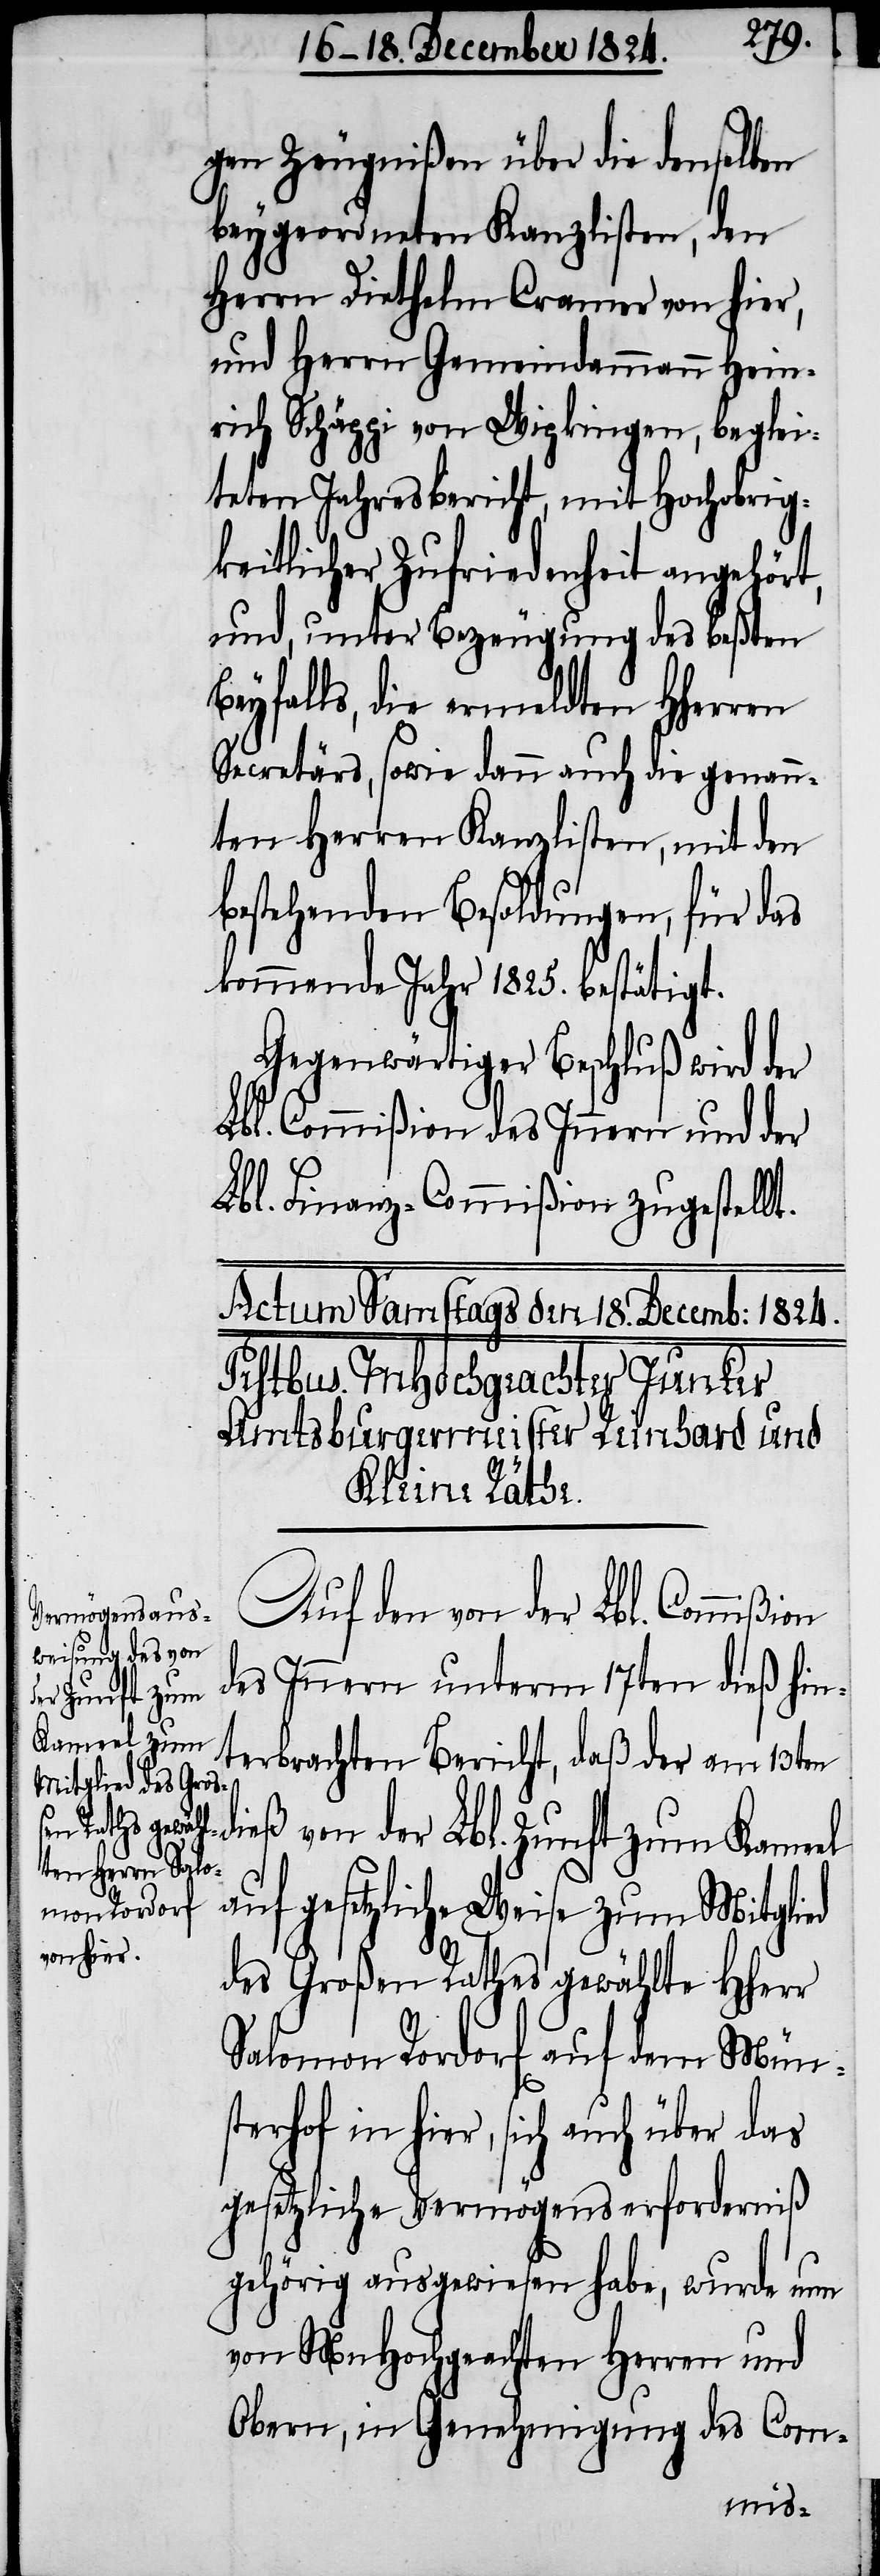
gen Zeugnißen über die denselben
beygeordneten Kanzlisten, den
Herrn Diethelm Cramer von hier,
und Herrn Gemeindammann Hein¬
rich Schäppi von Wipkingen, beglei¬
teten Jahresbericht, mit Hochobrig¬
keitlicher Zufriedenheit angehört,
und, unter Bezeugung des beßten
Beyfalls, die ermeldten HHerren
Secretärs, sowie dann auch die genann¬
ten Herren Kanzlisten, mit den
bestehenden Besoldungen, für das
kommende Jahr 1825. bestätigt.
Gegenwärtiger Beschluß wird der
Lbl. Commißion des Innern und der
Lbl. Finanz-Commißion zugestellt.
Auf den von der Lbl. Commißion
des Innern unterm 17ten dieß hin¬
terbrachten Bericht, daß der am 13ten
dieß von der Lbl. Zunft zum Kameel
auf gesetzliche Weise zum Mitglied
des Großen Raths gewählte HHerr
Salomon Rordorf auf dem Mün¬
sterhof in hier, sich auch über das
gesetzliche Vermögenserforderniß
gehörig ausgewiesen habe, wurde nun
von MnHochgeachten Herren und
Obern, in Genehmigung des Com-